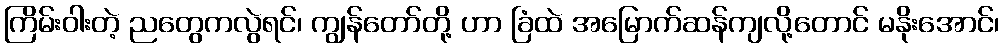
ကြိမ်းဝါးတဲ့ ညတွေကလွဲရင်၊ ကျွန်တော်တို့ ဟာ ခြံထဲ အမြောက်ဆန်ကျလို့တောင် မနိုးအောင်၊